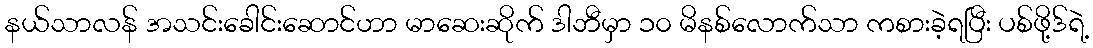
နယ်သာလန် အသင်းခေါင်းဆောင်ဟာ မာဆေးဆိုက် ဒါဘီမှာ ၁၀ မိနစ်လောက်သာ ကစားခဲ့ရပြီး ပစ်ဖို့ဒ်ရဲ့